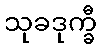
သုခဒုက္ခီ